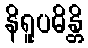
နိရူပဓိန္တိ